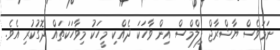
ނަމަވެސް ޔާޝްރާޖް ފިލްމްސް އިން ވާހަކަ ދެއްކި މީހަކު މިވާހަކަތައް ދޮގުކުރި އެވެ.